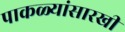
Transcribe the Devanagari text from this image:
पाकळ्यांसारखी